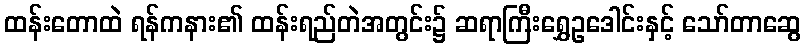
ထန်းတောထဲ ရန်ကနား၏ ထန်းရည်တဲအတွင်း၌ ဆရာကြီးရွှေဥဒေါင်းနှင့် သော်တာဆွေ